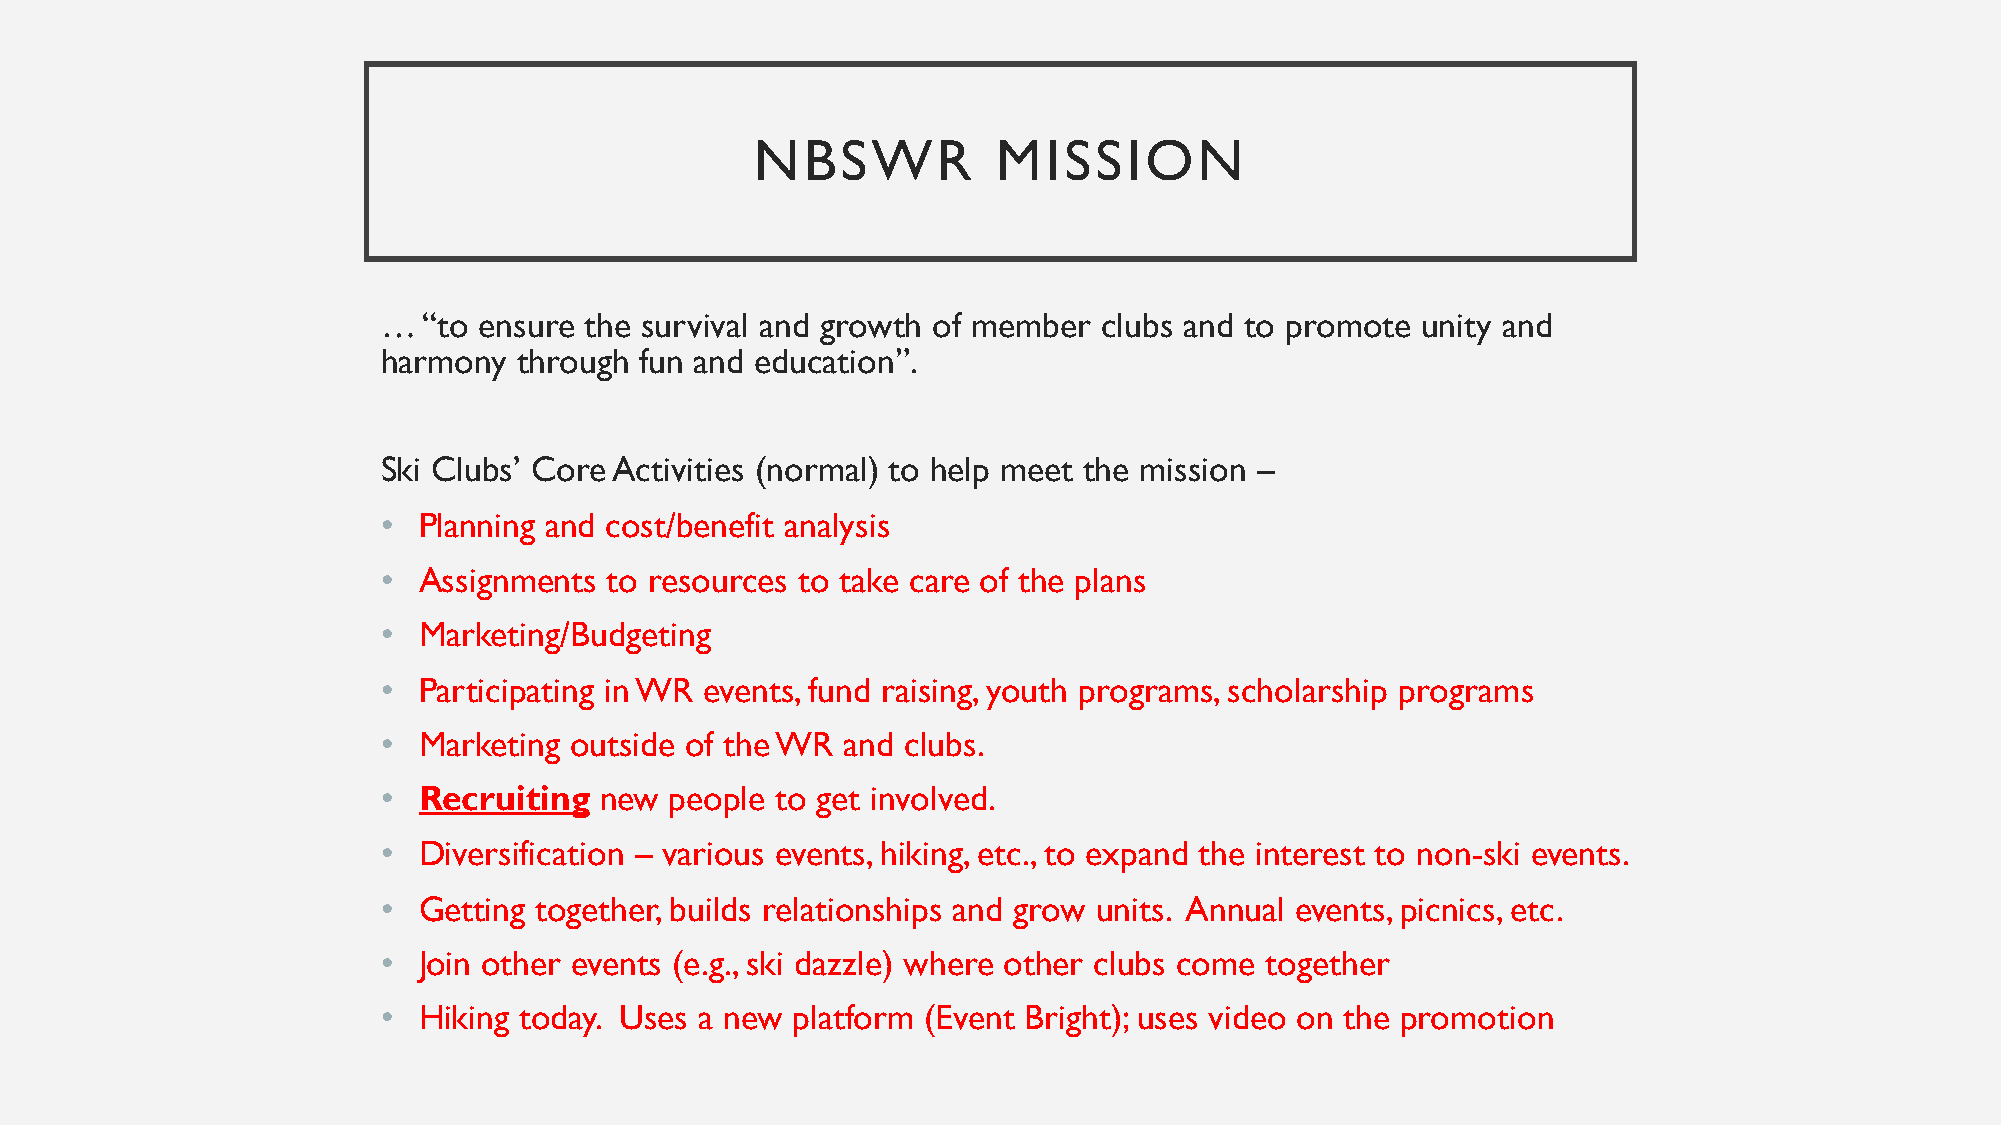
NBSWR           MISSION
 …  “to ensure the survival and growth of member clubs and to promote unity and
 harmony  through fun and education”.
 Ski Clubs’ Core Activities (normal) to help meet the mission –
 •  Planning and cost/benefit analysis
 •  Assignments to resources to take care of the plans
 •  Marketing/Budgeting
 •  Participating in WR events, fund raising, youth programs, scholarship programs
 •  Marketing outside of the WR and clubs.
 •  Recruiting  new people to get involved.
 •  Diversification – various events, hiking, etc., to expand the interest to non-ski events.
 •  Getting together, builds relationships and grow units. Annual events, picnics, etc.
 •  Join other events (e.g., ski dazzle) where other clubs come together
 •  Hiking today. Uses a new platform (Event Bright); uses video on the promotion